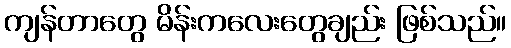
ကျန်တာတွေ မိန်းကလေးတွေချည်း ဖြစ်သည်။